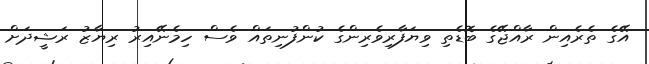
އޭގެ ތެރެއިން ރާއްޖޭގެ ބޮޑެތި ވިޔަފާރިވެރިންގެ ކުންފުނިތައް ވެސް ހިމެނޭއިރު ރިޔާޒު ރަޝީދަށް